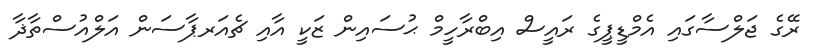
ރޭގެ ޖަލްސާގައި އެމްޑީޕީގެ ރައީސް އިބްރާހީމް ޙުސައިން ޒަކީ އާއި ޗެއަރޕާސަން އަލްއުސްތާޛާ